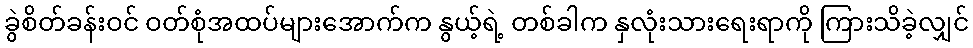
ခွဲစိတ်ခန်းဝင် ဝတ်စုံအထပ်များအောက်က နွယ့်ရဲ့ တစ်ခါက နှလုံးသားရေးရာကို ကြားသိခဲ့လျှင်